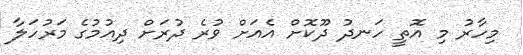
މިހާރު މި އޮތީ ހަނދު ދޫކޮށް އެއަށް ވުރެ ދުރަށް ދިއުމުގެ މަރުހަލާ